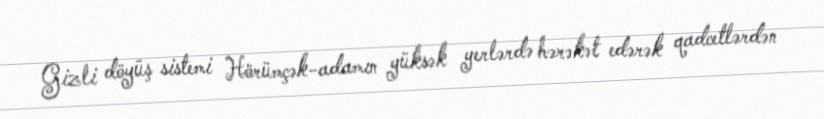
Gizli döyüş sistemi Hörümçək-adamın yüksək yerlərdə hərəkət edərək qadcetlərdən